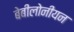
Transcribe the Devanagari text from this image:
बेबीलोनीयन